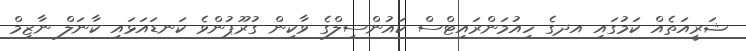
ޝަރީއަތެއް ކަމުގައި އދގެ ހިއުމަންރައިޓްސް ކައުންސިލްގެ ވާކިން ގުރޫޕުންވެ ކަނޑައަޅައި ކާނަލް ނާޒިމް